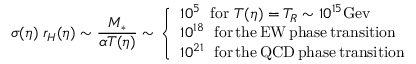
\sigma ( \eta ) \; r _ { H } ( \eta ) \sim \frac { M _ { * } } { \alpha T ( \eta ) } \sim \left\{ \begin{array} { l } { { 1 0 ^ { 5 } \; ~ \mathrm { f o r } ~ T ( \eta ) = T _ { R } \sim 1 0 ^ { 1 5 } \mathrm { G e v } } } \\ { { 1 0 ^ { 1 8 } \; ~ \mathrm { f o r \, t h e \, E W \, p h a s e \, t r a n s i t i o n } } } \\ { { 1 0 ^ { 2 1 } \; ~ \mathrm { f o r \, t h e \, Q C D \, p h a s e \, t r a n s i t i o n } } } \end{array} \right.